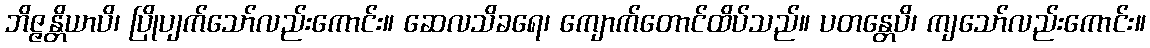
ဘိဇ္ဇန္တိယာပိ၊ ပြိုပျက်သော်လည်းကောင်း။ ဆေလသိခရေ၊ ကျောက်တောင်ထိပ်သည်။ ပတန္တေပိ၊ ကျသော်လည်းကောင်း။